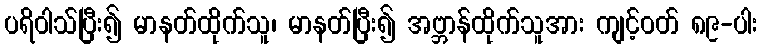
ပရိဝါသ်ပြီး၍ မာနတ်ထိုက်သူ၊ မာနတ်ပြီး၍ အဗ္ဘာန်ထိုက်သူအား ကျင့်ဝတ် ၈၉-ပါး